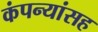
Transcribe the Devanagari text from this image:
कंपन्यांसह